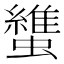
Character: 䗽